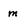
Character: m